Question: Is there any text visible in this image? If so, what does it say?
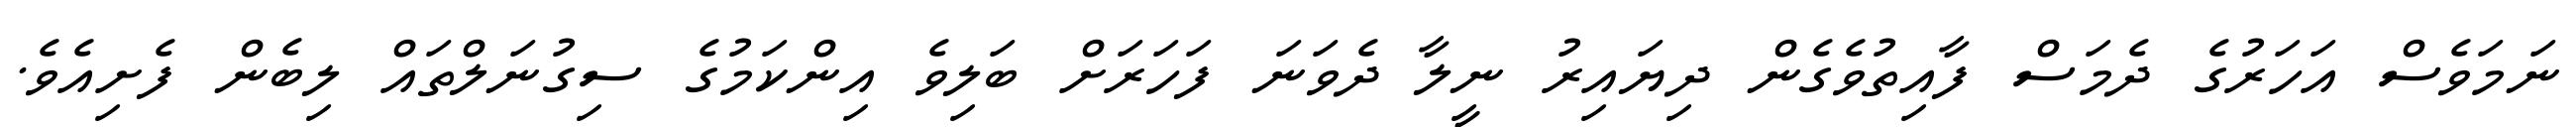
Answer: ނަމަވެސް އަހަރުގެ ދެމަސް ފާއިތުވެގެން ދިޔައިރު ނީލާ ދެވަނަ ފަހަރަށް ބަލިވެ އިންކަމުގެ ސިގުނަލްތައް ލިބެން ފެށިއެވެ.